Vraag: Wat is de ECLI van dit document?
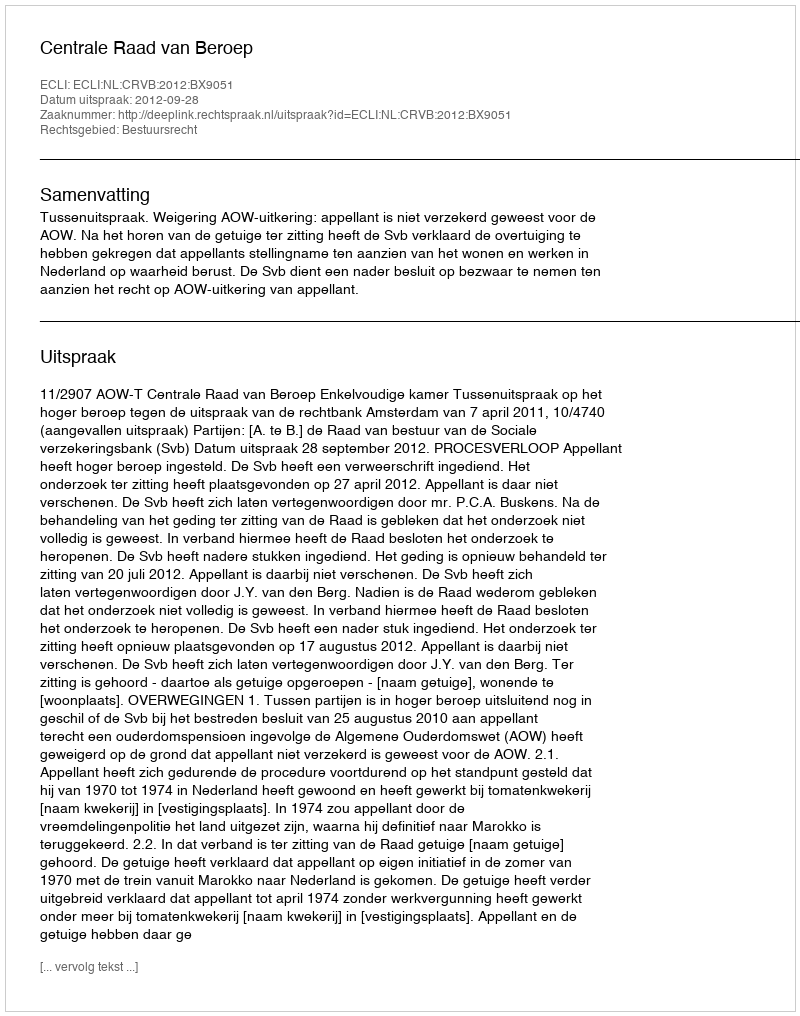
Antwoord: ECLI:NL:CRVB:2012:BX9051